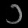
Digit: ၁